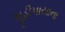
મૂડીપાયાના